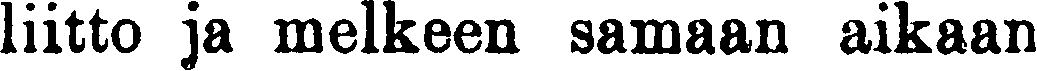
liitto ja melkeen samaan aikaan